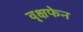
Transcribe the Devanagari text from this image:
वृक्षफेन